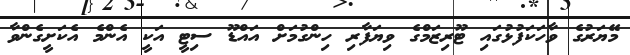
މޭޔަރުގެ ވާހަކަފުޅުގައި ޓޫރިޒަމްގެ ވިޔަފާރި ހިންގުމަށް އައްޑޫ ސިޓީ އަކީ އެންމެ އެކަށީގެންވާ